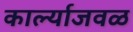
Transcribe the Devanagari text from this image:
कार्ल्याजवळ